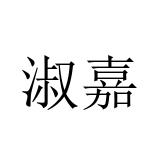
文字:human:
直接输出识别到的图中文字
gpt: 淑嘉